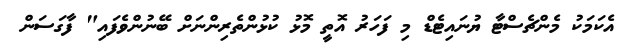
އެކަމަކު މެންޗެސްޓާ ޔުނައިޓެޑް މި ފަހަރު އޮތީ މޮޅު ކުޅުންތެރިންނަށް ބޭނުންވެފައި" ފާގަސަން